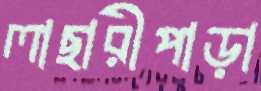
লাছারীপাড়া